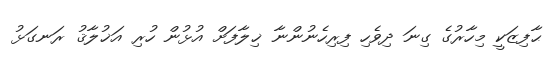
ޙާފިޒަކީ މިހާރުގެ ގިނަ ދިވެހި ފިރިހެނުންނާ ޚިލާފަށް އުޅުން ހުރި އަޚުލާޤު ރަނގަޅު